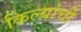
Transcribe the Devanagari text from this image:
किल्यांची